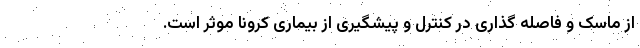
از ماسک و فاصله گذاری در کنترل و پیشگیری از بیماری کرونا موثر است.